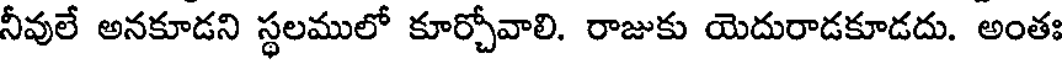
నీవులే అనకూడని స్థలములో కూర్చోవాలి. రాజుకు యెదురాడకూడదు. అంతః